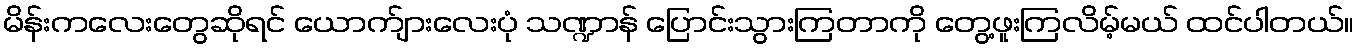
မိန်းကလေးတွေဆိုရင် ယောက်ျားလေးပုံ သဏ္ဍာန် ပြောင်းသွားကြတာကို တွေ့ဖူးကြလိမ့်မယ် ထင်ပါတယ်။